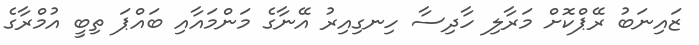
ޒައިނަބު ރޭޕްކޮށް މަރާލި ހާދިސާ ހިނގިއިރު އޭނާގެ މަންމައާއި ބައްޕަ ތިބީ އުމްރާގެ